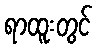
ရာထူးတွင်